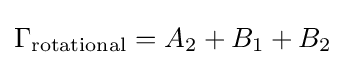
\Gamma _{\text{rotational}}=A_{2}+B_{1}+B_{2}